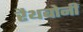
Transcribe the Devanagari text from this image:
रैथबोनी